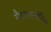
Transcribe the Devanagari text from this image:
गैरराजनीतिक